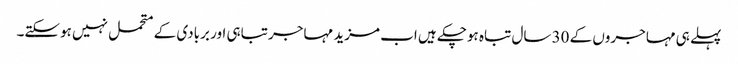
پہلے ہی مہاجروں کے 30 سال تباہ ہوچکے ہیں اب مزید مہاجر تباہی اور بربادی کے متحمل نہیں ہوسکتے۔